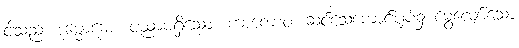
ငါသည်။ ဒုမ္မောဓော၊ ပညာမရှိသော။ ကာကောဝ၊ ဆင်သေကောင်ပုပ်၌ မွေ့လျော်သော